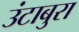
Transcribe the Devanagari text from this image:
उंटाबुरा